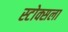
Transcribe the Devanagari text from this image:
स्टोक्सला